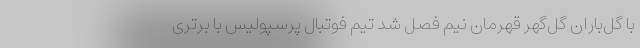
با گل‌باران گل‌گهر قهرمان نیم فصل شد تیم فوتبال پرسپولیس با برتری